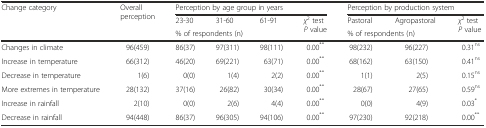
<table><thead><tr><td rowspan="2"><b>Change category</b></td><td rowspan="2"><b>Overall perception</b></td><td colspan="4"><b>Perception by age group in years</b></td><td colspan="3"><b>Perception by production system</b></td></tr><tr><td><b>23-30</b></td><td><b>31-60</b></td><td><b>61-91</b></td><td rowspan="2"><b><i>χ</i><sup>2</sup> test <i>P</i> value</b></td><td><b>Pastoral</b></td><td><b>Agropastoral</b></td><td rowspan="2"><b><i>χ</i><sup>2</sup> test <i>P</i> value</b></td></tr><tr><td></td><td></td><td colspan="3"><b>% of respondents (n)</b></td><td colspan="2"><b>% of respondents (n)</b></td></tr></thead><tbody><tr><td>Changes in climate</td><td>96(459)</td><td>86(37)</td><td>97(311)</td><td>98(111)</td><td>0.00<sup>**</sup></td><td>98(232)</td><td>96(227)</td><td>0.31<sup>ns</sup></td></tr><tr><td>Increase in temperature</td><td>66(312)</td><td>46(20)</td><td>69(221)</td><td>63(71)</td><td>0.00<sup>**</sup></td><td>68(162)</td><td>63(150)</td><td>0.41<sup>ns</sup></td></tr><tr><td>Decrease in temperature</td><td>1(6)</td><td>0(0)</td><td>1(4)</td><td>2(2)</td><td>0.00<sup>**</sup></td><td>1(1)</td><td>2(5)</td><td>0.15<sup>ns</sup></td></tr><tr><td>More extremes in temperature</td><td>28(132)</td><td>37(16)</td><td>26(82)</td><td>30(34)</td><td>0.00<sup>**</sup></td><td>28(67)</td><td>27(65)</td><td>0.59<sup>ns</sup></td></tr><tr><td>Increase in rainfall</td><td>2(10)</td><td>0(0)</td><td>2(6)</td><td>4(4)</td><td>0.00<sup>**</sup></td><td>0(0)</td><td>4(9)</td><td>0.03<sup>*</sup></td></tr><tr><td>Decrease in rainfall</td><td>94(448)</td><td>86(37)</td><td>96(305)</td><td>94(106)</td><td>0.00<sup>**</sup></td><td>97(230)</td><td>92(218)</td><td>0.00<sup>**</sup></td></tr></tbody></table>